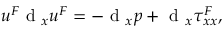
u ^ { F } \textrm { d } _ { x } u ^ { F } = - \textrm { d } _ { x } p + \textrm { d } _ { x } \tau _ { x x } ^ { F } ,